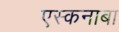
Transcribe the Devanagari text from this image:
एस्कनाबा